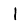
Digit: 1